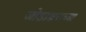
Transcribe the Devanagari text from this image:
जोडाक्षराच्या